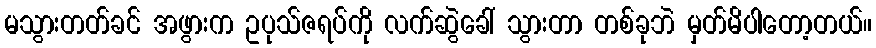
မသွားတတ်ခင် အဖွားက ဥပုသ်ဇရပ်ကို လက်ဆွဲခေါ် သွားတာ တစ်ခုဘဲ မှတ်မိပါတော့တယ်။